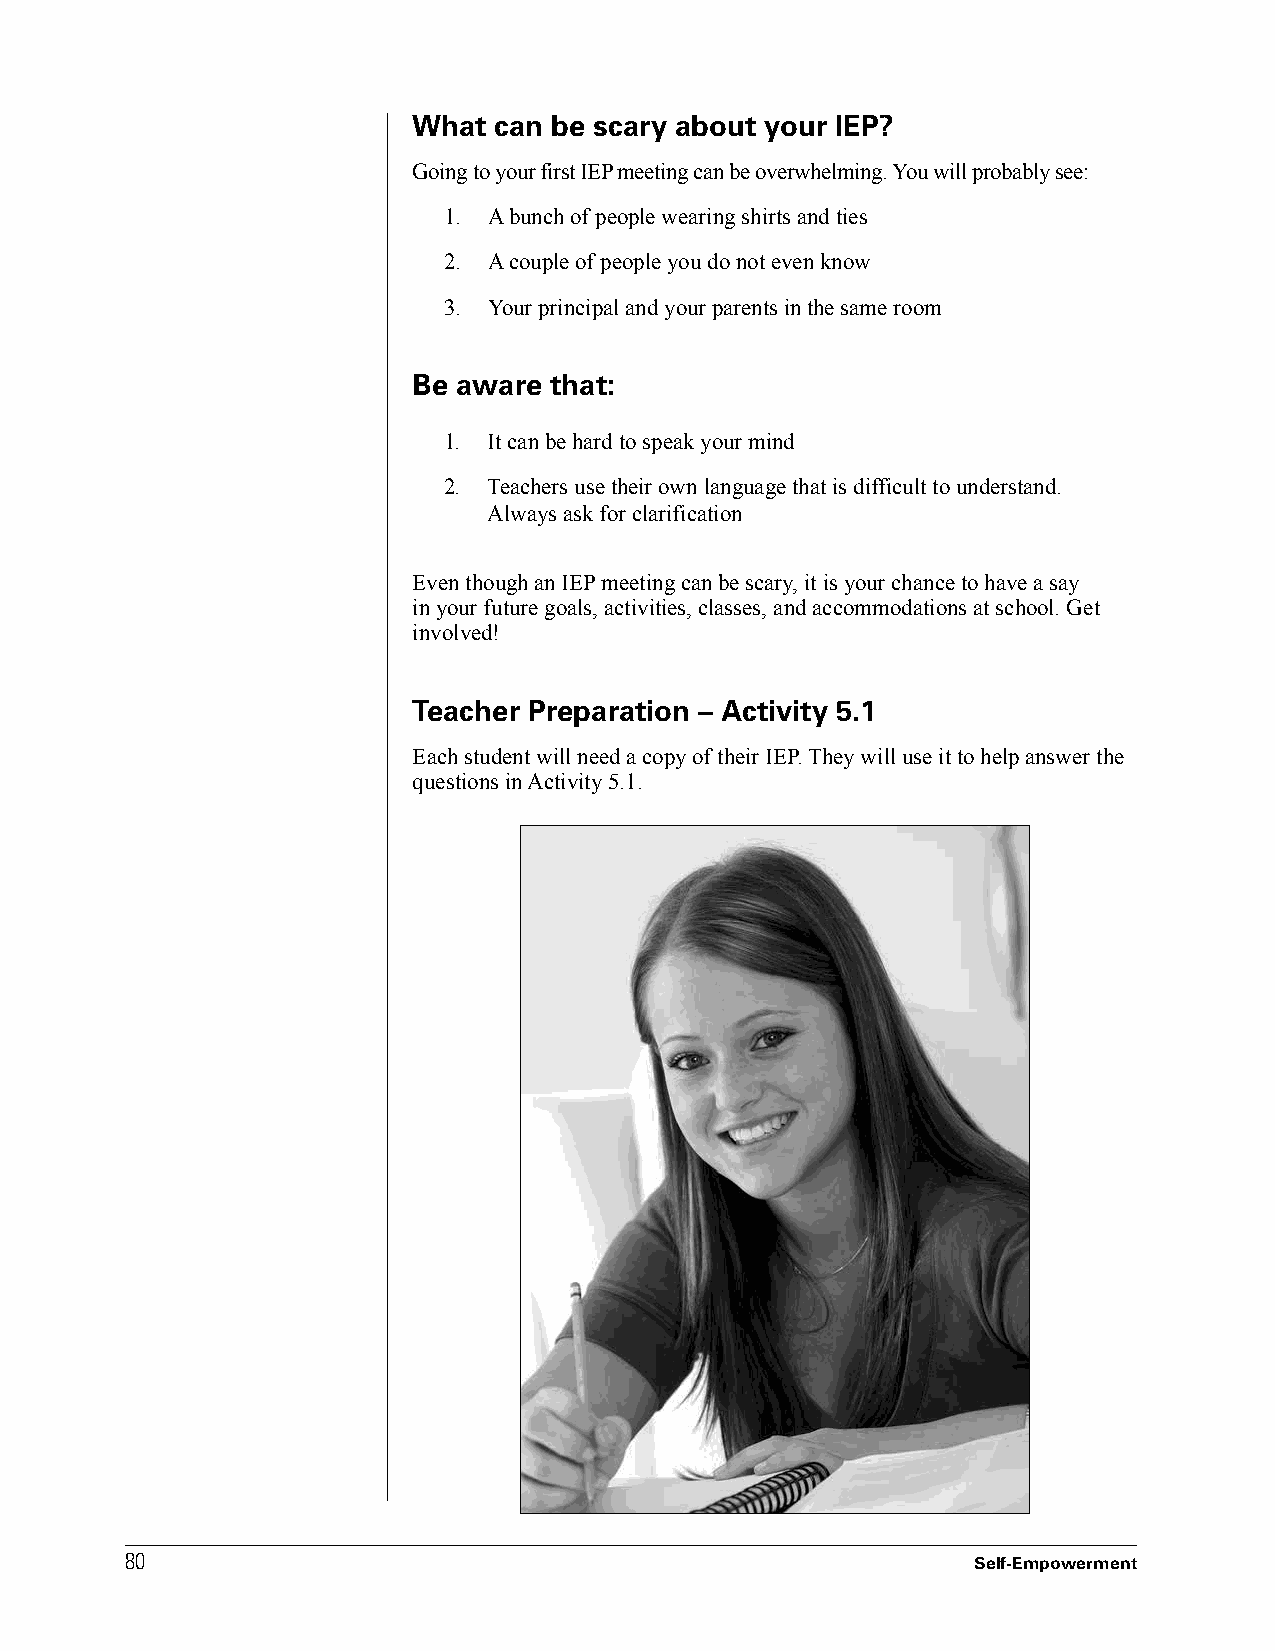
What  can be scary about your IEP?
 Going to your first IEP meeting can be overwhelming. You will probably see:
 1. A bunch of people wearing shirts and ties
 2. A couple of people you do not even know
 3. Your principal and your parents in the same room
 Be aware that:
 1. It can be hard to speak your mind
 2. Teachers use their own language that is difficult to understand.
 Always ask for clarification
 Even though an IEP meeting can be scary, it is your chance to have a say
 in your future goals, activities, classes, and accommodations at school. Get
 involved!
 Teacher Preparation – Activity 5.1
 Each student will need a copy of their IEP. They will use it to help answer the
 questions in Activity 5.1.
 8800
 Self-Empowerment